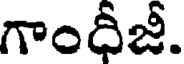
గాంధీజీ.